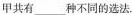
甲共有___种不同的选法.